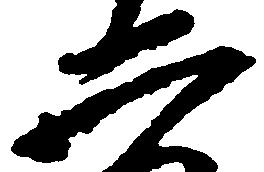
二